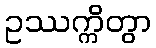
ဥဿက္ကိတွာ